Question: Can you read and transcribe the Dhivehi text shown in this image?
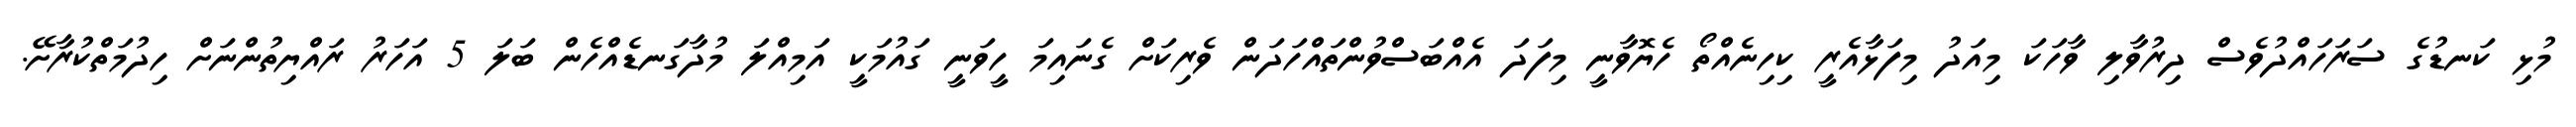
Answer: މުޅި ކަނޑުގެ ސަރަހައްދުވެސް ދިރުވާލި ވާހަކަ މިއަދު މިފަޅާއެރީ ކިހިނެއްތޯ ހެޔޮވާނީ މިފަދަ އެއްބަސްވުންތައްހަދަން ވެރިކަށް ގެނައިމަ ހީވަނީ ގައުމަކީ އަމިއްލަ މުދާގަނޑެއްހެން ބަލަ 5 އަހަރު ރައްޔިތުންނަށް ހިދުމަތްކުރާށޭ.